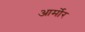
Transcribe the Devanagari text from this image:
आर्मोर